Lunatic asylums United Prov. 1922-30 - 1922-1930
Year: 1922
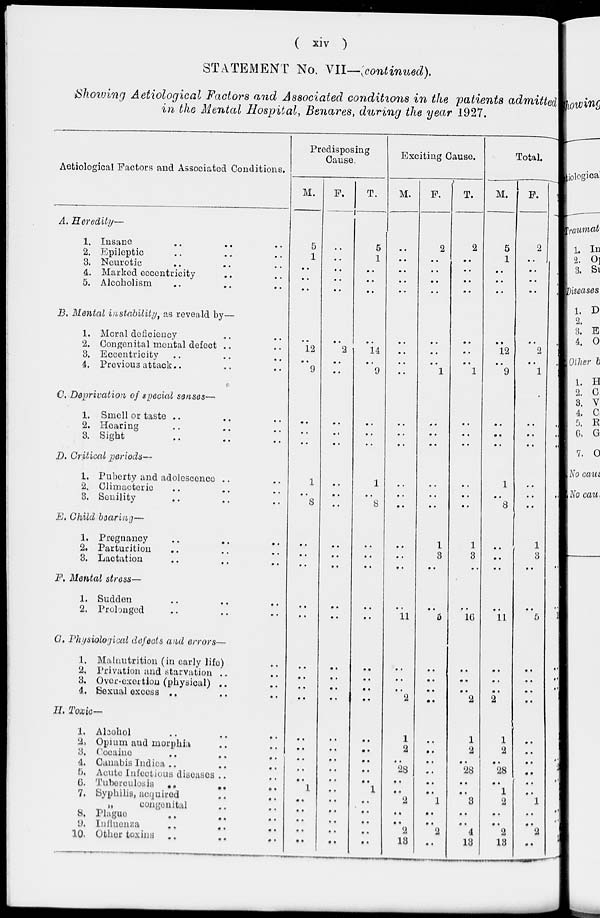
( xiv )
STATEMENT No. VII—(continued).
Showing Aetiological Factors and Associated conditions in the patients admitted
in the Mental Hospital, Benares, during the year 1927.
Aetiological Factors and Associated Conditions.
A. Heredity—
1. Insane .. .. ..
2. Epileptic .. .. ..
3. Neuretic .. .. ..
4. Marked eccentricity .. ..
5. Alcoholism .. .. ..
B, Mental instaility, as reveald by—
1. Moral deficiency .. ..
2. Congenital mental defect .. ..
3. Eccentricity .. .. ..
4. Previous attack.. .. ..
C. Deprivation of Special senses—
1. Smell or taste .. .. ..
2. Hearing .. .. ..
3. Sight .. .. ..
D. Critical periods—
1. Puberty and adolescence .. ..
2. Climacterie .. .. ..
3. Senility .. .. ..
E. Child bearing—
1. Pregnancy .. .. ..
2. Parturition .. .. ..
3. Lactation .. .. ..
F. Mental stress—
1. Sudden .. .. ..
2. Prolonged .. .. ..
G. Physiological defects and errors—
1. Mahmtrition (in early life) ..
2. Privation and starvation .. ..
3. Over-exertion (physical) .. ..
4. Sexual excess .. .. ..
II. Toxic—
1. Alcohol .. .. ..
2. Opium and morphia .. ..
3. Cocame .. .. ..
4. Canabis Indica .. .. ..
5. Acute Infections diseases .. ..
6. Tuberculosis .. .. ..
7. Syphilis, acquired .. ..
„
congenital .. ..
8. Plague .. .. ..
9. Influenza .. .. ..
10. Other toxins .. .. ..
Predisposing
Cause.
M
F.
T.
Exciting Cause.
M.
F.
T.
Total.
M.
F.
T.
5
1
..
..
..
..
..
..
..
..
5
1
..
..
..
..
..
..
..
..
2
..
..
..
..
2
..
..
..
..
5
1
..
..
..
2
..
..
..
..
7
1
..
..
..
..
12
..
9
..
2
..
..
..
14
..
..
..
..
..
..
..
..
..
l
..
..
..
1
..
12
..
9
..
2
..
1
..
14
..
10
..
..
..
..
..
..
..
..
..
..
..
..
..
..
..
..
..
..
..
..
..
..
..
..
..
..
..
1
..
8
..
..
..
1
..
8
..
..
..
..
..
..
..
..
..
1
..
8
..
..
..
1
..
..
..
..
..
..
..
..
..
..
..
..
..
..
1
3
..
1
3
..
..
..
..
1
3
..
1
3
..
..
..
..
..
..
..
..
11
..
5
..
16
..
11
..
5
..
16
..
..
..
..
..
..
..
..
..
..
..
..
..
..
..
2
..
..
..
..
..
..
..
2
..
..
..
2
..
..
..
..
..
..
..
2
..
..
..
..
..
1
..
..
..
..
..
..
..
..
..
..
..
..
..
..
..
..
..
..
..
..
..
1
..
..
..
..
..
1
2
..
28
..
..
2
..
..
2
13
..
..
..
..
..
..
l
..
..
2
..
1
2
..
28
..
..
3
..
..
4
13
1
2
..
28
..
1
2
..
..
2
13
..
..
..
..
..
..
1
..
..
2
..
1
2
..
28
..
1
3
..
..
4
..